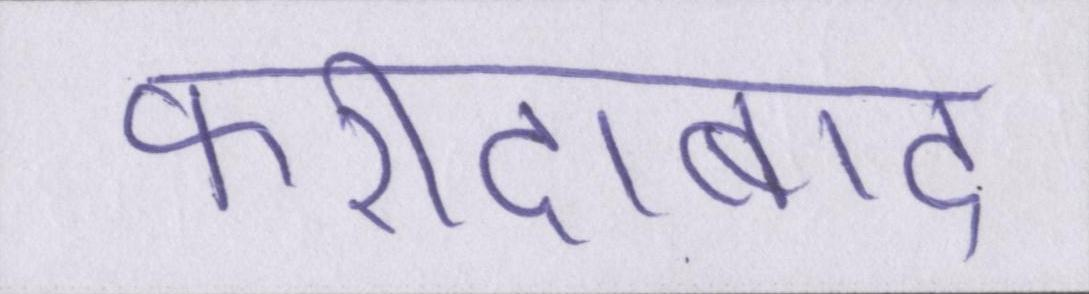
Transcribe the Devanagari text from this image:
फरीदाबाद